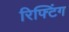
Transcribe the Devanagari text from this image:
रिफ्टिंग